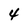
Character: 4